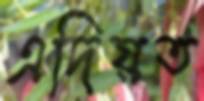
এদিয়ত